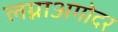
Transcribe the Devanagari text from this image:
लग्नाअगोदर